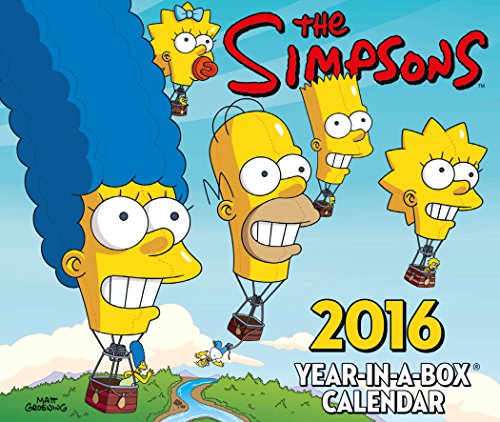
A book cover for The Official the Simpsons 2016 Desk Block Calendar; Calendars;